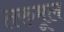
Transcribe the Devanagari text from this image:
तरुमूल